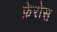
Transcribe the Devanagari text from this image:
फ़ेरोस